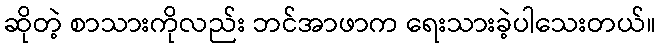
ဆိုတဲ့ စာသားကိုလည်း ဘင်အာဖာက ရေးသားခဲ့ပါသေးတယ်။